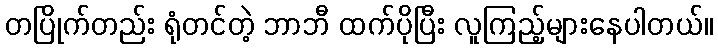
တပြိုက်တည်း ရုံတင်တဲ့ ဘာဘီ ထက်ပိုပြီး လူကြည့်များနေပါတယ်။